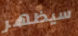
سيظهر